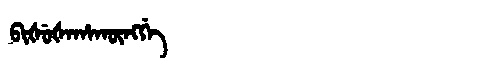
Manchu: ᠪᡳᡧᡠᡧᠠᡥᠠᡴᡡᠩᡤᡝ
Romanization: BIŠUŠAHAKŪNGGE